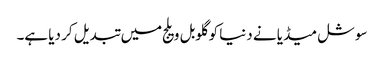
سوشل میڈیا نے دنیا کو گلوبل ویلج میں تبدیل کر دیا ہے۔